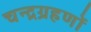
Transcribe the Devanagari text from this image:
चन्द्रग्रहणों